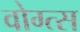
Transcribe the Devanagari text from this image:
वोग्त्स